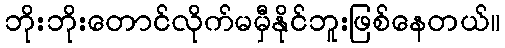
ဘိုးဘိုးတောင်လိုက်မမှီနိုင်ဘူးဖြစ်နေတယ်။